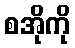
စအိုကို